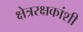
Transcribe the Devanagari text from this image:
क्षेत्ररक्षकांशी